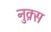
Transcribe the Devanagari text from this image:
नुक़्स